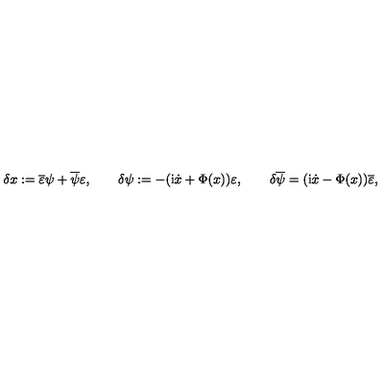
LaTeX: \delta x : = \overline { { \varepsilon } } \psi + \overline { { \psi } } \varepsilon , \qquad \delta \psi : = - ( \mathrm { i } \dot { x } + \Phi ( x ) ) \varepsilon , \qquad \delta \overline { { \psi } } = ( \mathrm { i } \dot { x } - \Phi ( x ) ) \overline { { \varepsilon } } ,